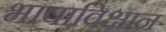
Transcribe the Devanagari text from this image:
भाषाविक्षान